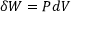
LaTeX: \delta W = P d V